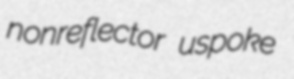
nonreflector uspoke